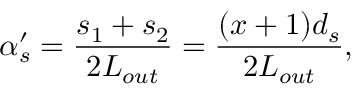
\alpha _ { s } ^ { \prime } = \frac { s _ { 1 } + s _ { 2 } } { 2 L _ { o u t } } = \frac { ( x + 1 ) d _ { s } } { 2 L _ { o u t } } ,